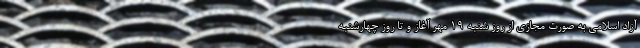
آزاد اسلامی به صورت مجازی از روز شنبه 19 مهر آغاز و تا روز چهارشنبه